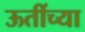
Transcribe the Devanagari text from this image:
ऊतींच्या